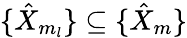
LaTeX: \{ \hat{X}_{m_{l}}\} \subseteq\{ \hat{X}_{m}\}